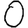
Digit: 0